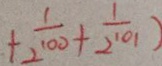
+ \frac { 1 } { 2 ^ { 1 0 0 } } + \frac { 1 } { 2 ^ { 1 0 1 } } )